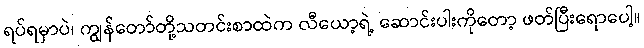
ရပ်ရမှာပဲ၊ ကျွန်တော်တို့သတင်းစာထဲက လီယော့ရဲ့ ဆောင်းပါးကိုတော့ ဖတ်ပြီးရောပေါ့။